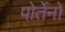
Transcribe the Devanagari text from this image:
पोर्तेनो